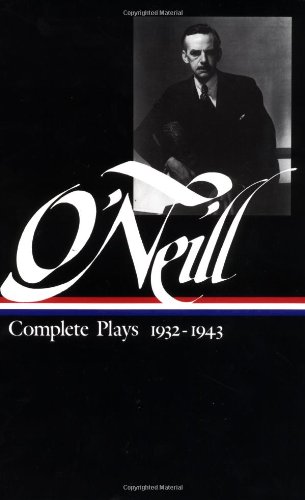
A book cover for Eugene O'Neill : Complete Plays 1932-1943 (Library of America); Eugene O'Neill; Literature & Fiction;